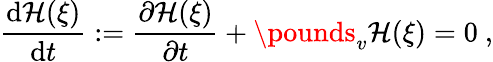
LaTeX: \frac{\mathrm{d}{\mathcal H}(\xi)}{\mathrm{d}t}:=\frac{\partial{\mathcal H}(\xi)}{\partial t}+\pounds_{v}{\mathcal H}(\xi)=0\ ,